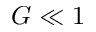
G \ll 1